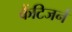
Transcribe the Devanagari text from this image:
कैंटिजर्न